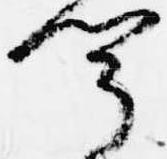
聞